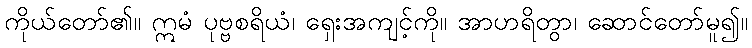
ကိုယ်တော်၏။ ဣမံ ပုဗ္ဗစရိယံ၊ ရှေးအကျင့်ကို။ အာဟရိတွာ၊ ဆောင်တော်မူ၍။